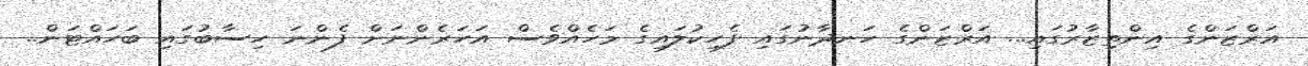
އަރްޒަންގެ އިންތިޒާރުގައި... އަރްޒަންގެ ހަނދާނުގައި ފެހިކުލައިގެ މަހެއްވެސް އަހަރެންނަށް ފެންނަ ހިސާބުގައި ބަހައްޓަން..